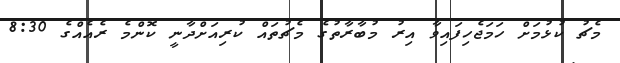
މެޗު ކުޅުމަށް ހަމަޖެހިފައިވާ އިރު މުބާރާތުގެ މެޗުތައް ކުރިއަށްދާނީ ކޮންމެ ރެއެއްގެ 8:30